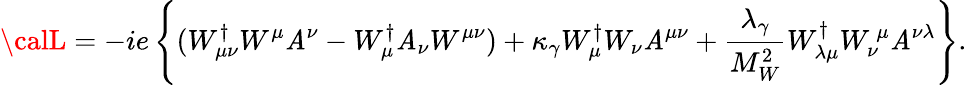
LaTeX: {\calL}=-ie\left\{ (W_{\mu\nu}^{\dagger}W^{\mu}\mathit{A}^{\nu}-W_{\mu}^{\dagger}\mathit{A}_{\nu}W^{\mu\nu})+\kappa_{\gamma}W_{\mu}^{\dagger}W_{\nu}\mathit{A}^{\mu\nu}+{\frac{{\lambda_{\gamma}}}{{M_{W}^{2}}}}W_{\lambda\mu}^{\dagger}W_{\nu}^{\, \mu}\mathit{A}^{\nu\lambda}\right\} .